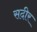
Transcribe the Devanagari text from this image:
सदीर